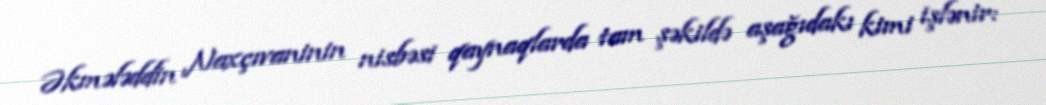
Əkmələddin Naxçıvaninin nisbəsi qaynaqlarda tam şəkildə aşağıdakı kimi işlənir: